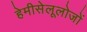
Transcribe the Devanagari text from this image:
हेमीसेलूलोजों